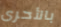
بالأحرى